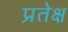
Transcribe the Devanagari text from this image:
प्रतेक्ष